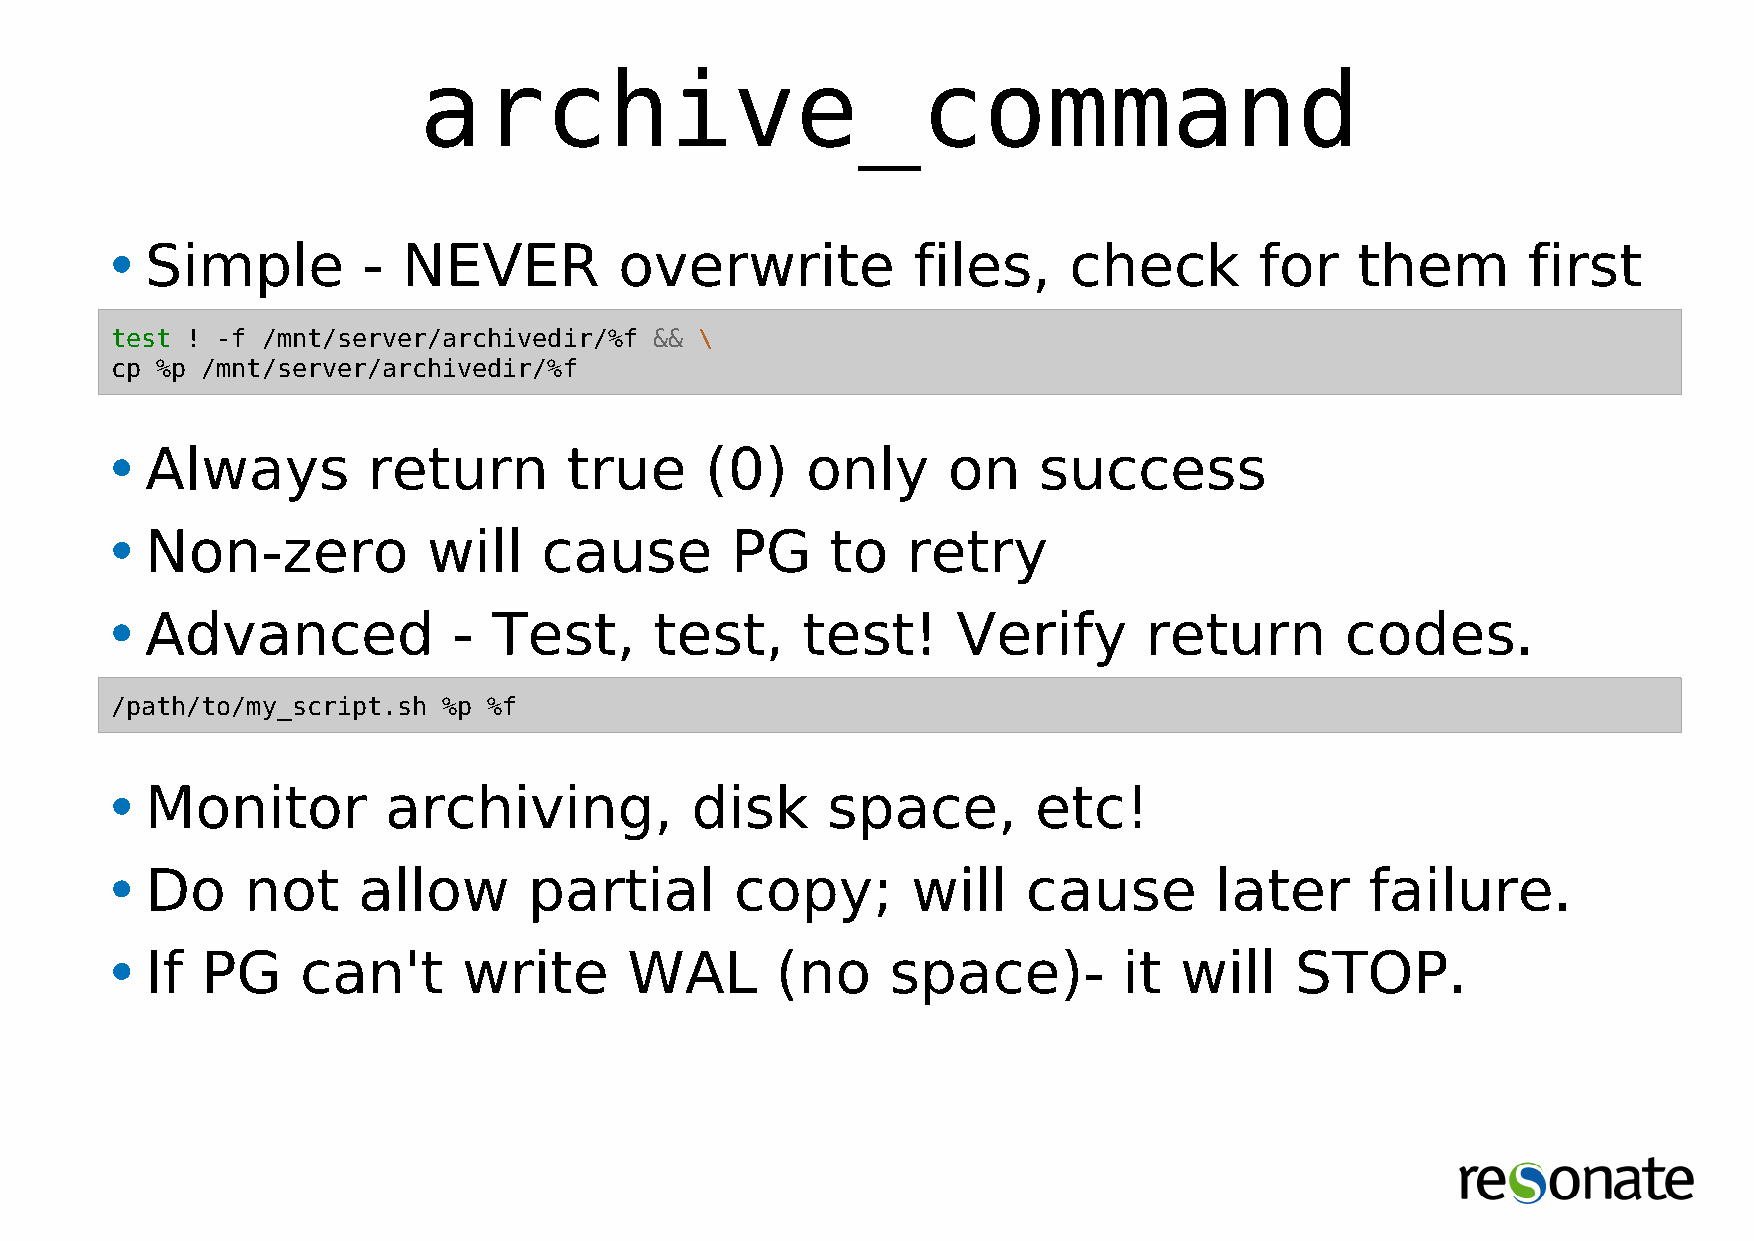
archive_command
 •Simple          -  NEVER         overwrite           files,    check       for    them       first
 test ! -f /mnt/server/archivedir/%f && \
 cp %p /mnt/server/archivedir/%f
 •Always          return        true     (0)   only      on    success
 •Non-zero            will    cause       PG     to   retry
 •Advanced              -  Test,     test,     test!     Verify       return       codes.
 /path/to/my_script.sh %p %f
 •Monitor           archiving,          disk     space,        etc!
 •Do      not     allow      partial       copy;      will    cause        later     failure.
 •If   PG     can't      write      WAL      (no     space)-        it  will    STOP.